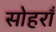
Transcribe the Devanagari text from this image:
सोहराँ